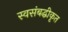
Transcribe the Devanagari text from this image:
स्वसंबद्धीकृत